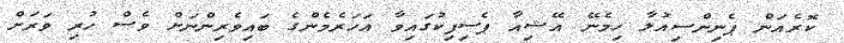
ކޮރެއަން ޕެނިންސިއުލާ ހިމެނޭ އޭޝިއާ ޕެސިފިކުގައިވާ އަހަރެމެންގެ ބައިވެރިންނަށް ވެސް ހުރި ވަރަށް